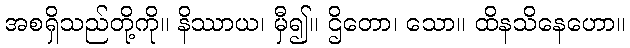
အစရှိသည်တို့ကို။ နိဿာယ၊ မှီ၍။ ဌိတော၊ သော။ ထိနသိနေဟော။